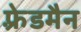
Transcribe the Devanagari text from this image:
फ़्रेडमैन